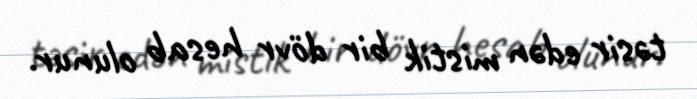
təsir edən mistik bir dövr hesab olunur.